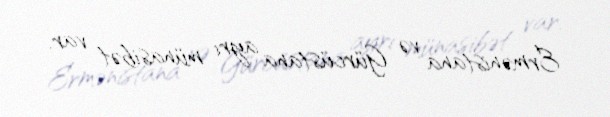
Ermənistana və Gürcüstana ayrı münasibət var.